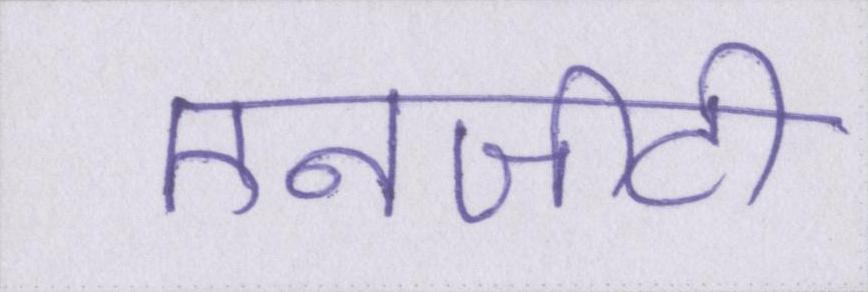
एनजीटी